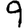
Digit: 9